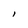
Character: l